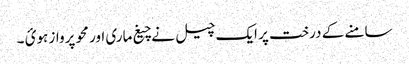
سامنے کے درخت پر ایک چیل نے چیغ ماری اور محو پرواز ہوئ ۔